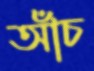
আঁচ